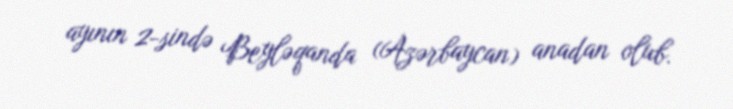
ayının 2-sində Beyləqanda (Azərbaycan) anadan olub.